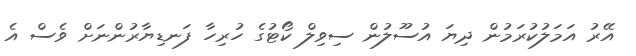
އޭރު އަމަލުކުރަމުން ދިޔަ އުސޫލުން ސިވިލް ކޯޓުގެ ހުރިހާ ފަނޑިޔާރުންނަށް ވެސް އެ